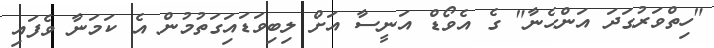
"ހިތްވަރުގަދަ އަންހެނާ" ގެ އެވޯޑް އަނީސާ އަށް ލިބިވަޑައިަގަތުމުން އެ ކަމަނާ ވެފައި